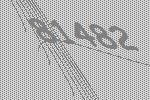
81482